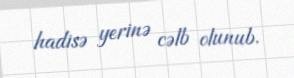
hadisə yerinə cəlb olunub.